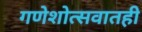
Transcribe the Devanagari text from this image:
गणेशोत्सवातही